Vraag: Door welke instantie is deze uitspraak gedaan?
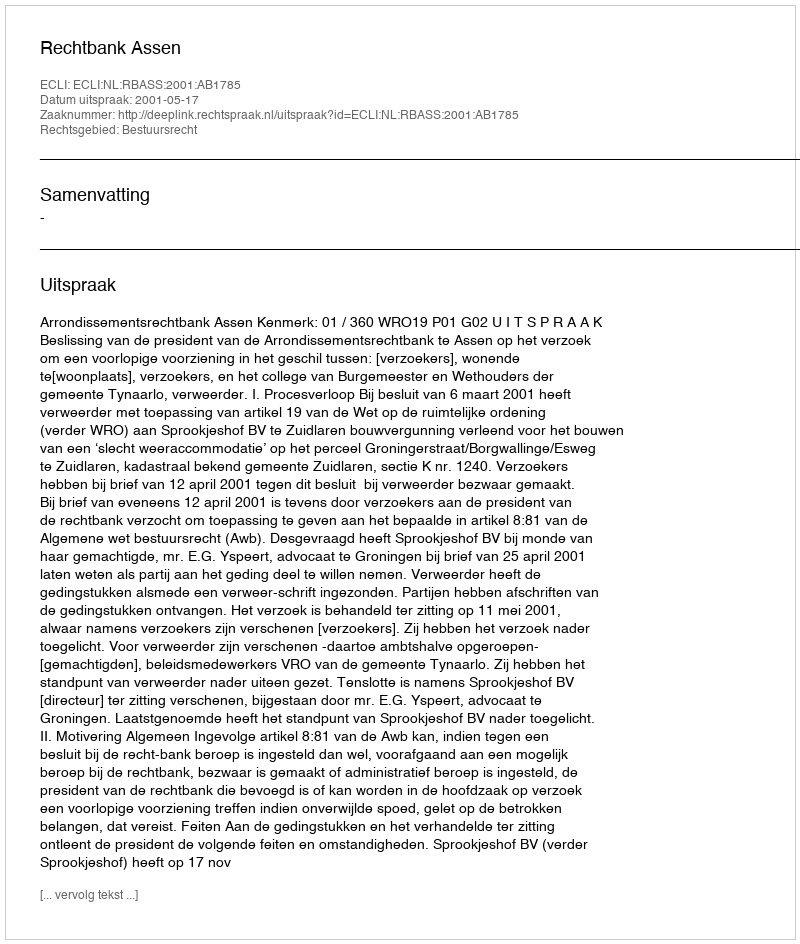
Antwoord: Rechtbank Assen